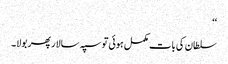
‘‘
سلطان کی بات مکمل ہوئی تو سپہ سالار پھر بولا۔